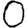
Digit: 0